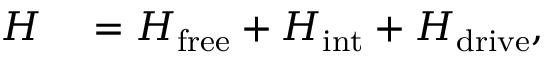
\begin{array} { r l } { H } & { { } = H _ { \mathrm { f r e e } } + H _ { \mathrm { i n t } } + H _ { \mathrm { d r i v e } } , } \end{array}